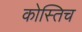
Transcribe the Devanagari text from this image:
कोस्तिच